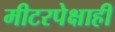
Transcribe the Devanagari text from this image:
मीटरपेक्षाही